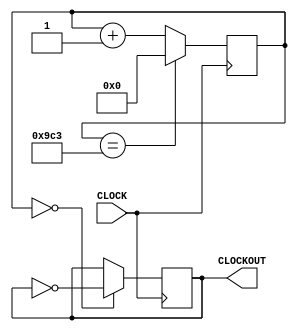
`timescale 1ns / 1ps
//////////////////////////////////////////////////////////////////////////////////
// Company: 
// Engineer: 
// 
// Design Name: 
// Module Name: clk_div_20kHz
// Project Name: 
// Target Devices: 
// Tool Versions: 
// Description: 
// 
// Dependencies: 
// 
// Revision:
// Revision 0.01 - File Created
// Additional Comments:
// 
//////////////////////////////////////////////////////////////////////////////////


module clk20k(input CLOCK, output reg CLOCKOUT);
    reg [11:0] COUNTER = 0;
    
    always @ (posedge CLOCK) begin
        COUNTER <= (COUNTER == 2499) ? 0 : COUNTER + 1;
        CLOCKOUT <= (COUNTER == 0) ? ~CLOCKOUT : CLOCKOUT;
    end
endmodule